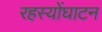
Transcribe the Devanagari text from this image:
रहस्योंघाटन